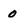
Character: 0